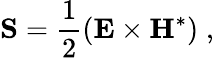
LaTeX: {\mathbf S}=\frac{1}{2}\left({\mathbf E}\times{\mathbf H}^{\ast}\right)\; ,